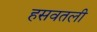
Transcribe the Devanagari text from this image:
हसवतली